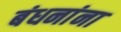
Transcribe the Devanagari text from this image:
बंधनांना